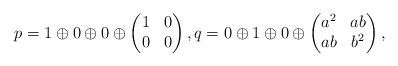
LaTeX: \begin{align*}p= 1\oplus 0\oplus 0\oplus \begin{pmatrix}1&0\\0&0\end{pmatrix},q= 0\oplus 1\oplus 0\oplus \begin{pmatrix}a^2&ab \\ab&b^2\end{pmatrix}, \end{align*}